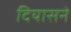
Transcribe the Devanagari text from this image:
दियासने